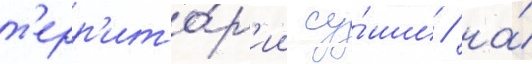
т'ерр'ито́р'ии су́ши / на́